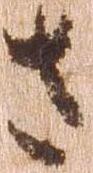
さ